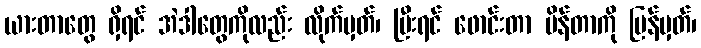
ယားတာတွေ ရှိရင် အဲဒါတွေကိုလည်း လိုက်မှတ်၊ ပြီးရင် ဖောင်းတာ ပိန်တာကို ပြန်မှတ်၊